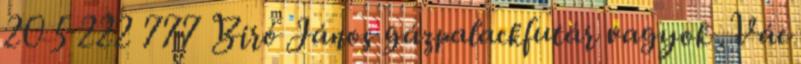
20 5 222 777 Biró János gázpalackfutár vagyok .Vác